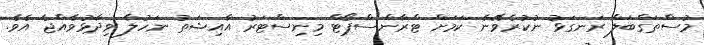
މުސްތަގްބަލް ރަނގަޅު ނުކުރެވޭނެ ކަމަށް ޓްރާންސްޕޯޓް މިނިސްޓަރު އާއިޝަތު ނަހުލާ ވިދާޅުވެއްޖެ އެވެ.